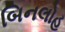
બિનલોહ